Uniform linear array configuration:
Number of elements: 8
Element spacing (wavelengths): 1
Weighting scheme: hann
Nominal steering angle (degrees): -30
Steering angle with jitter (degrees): -31.604
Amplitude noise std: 0.05
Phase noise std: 0.05

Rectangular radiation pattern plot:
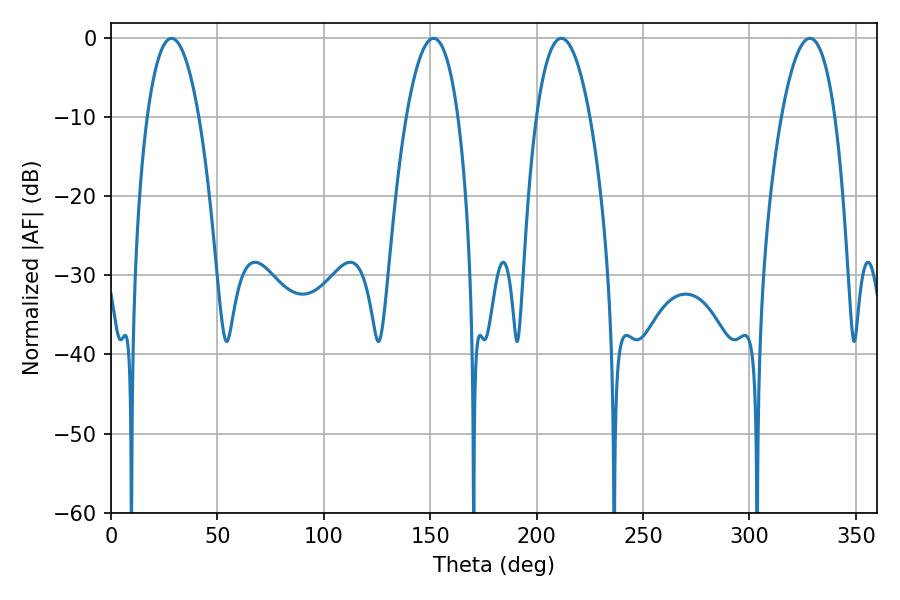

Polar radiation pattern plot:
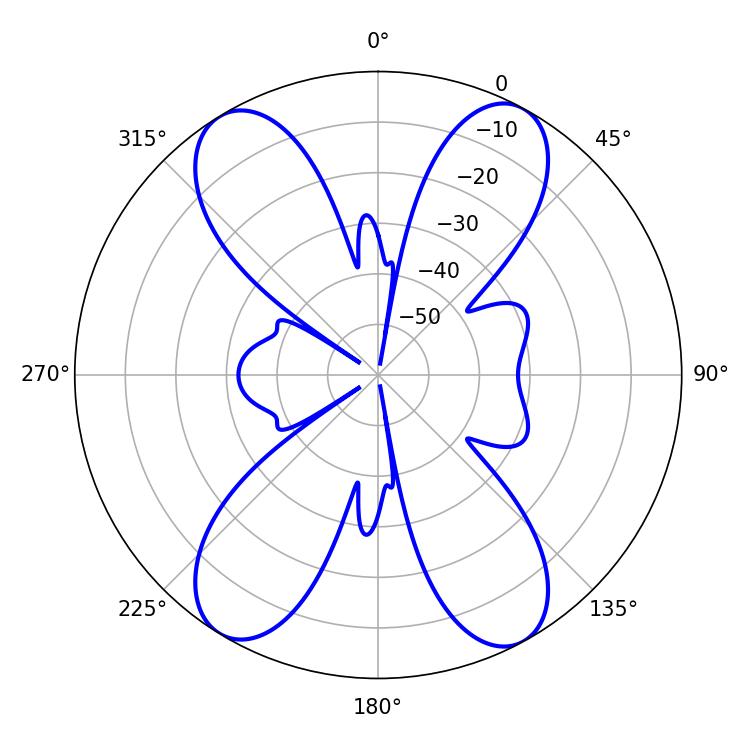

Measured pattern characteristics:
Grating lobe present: TRUE
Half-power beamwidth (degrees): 13.5
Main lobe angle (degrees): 28.44